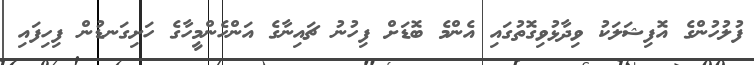
ފުލުހުންގެ އޮފިޝަލަކު ވިދާޅުވިގޮތުގައި އެންމެ ބޮޑަށް ފިހުނު ޗައިނާގެ އަންހެންމީހާގެ ހަށިގަނޑުން ފިހިފައި